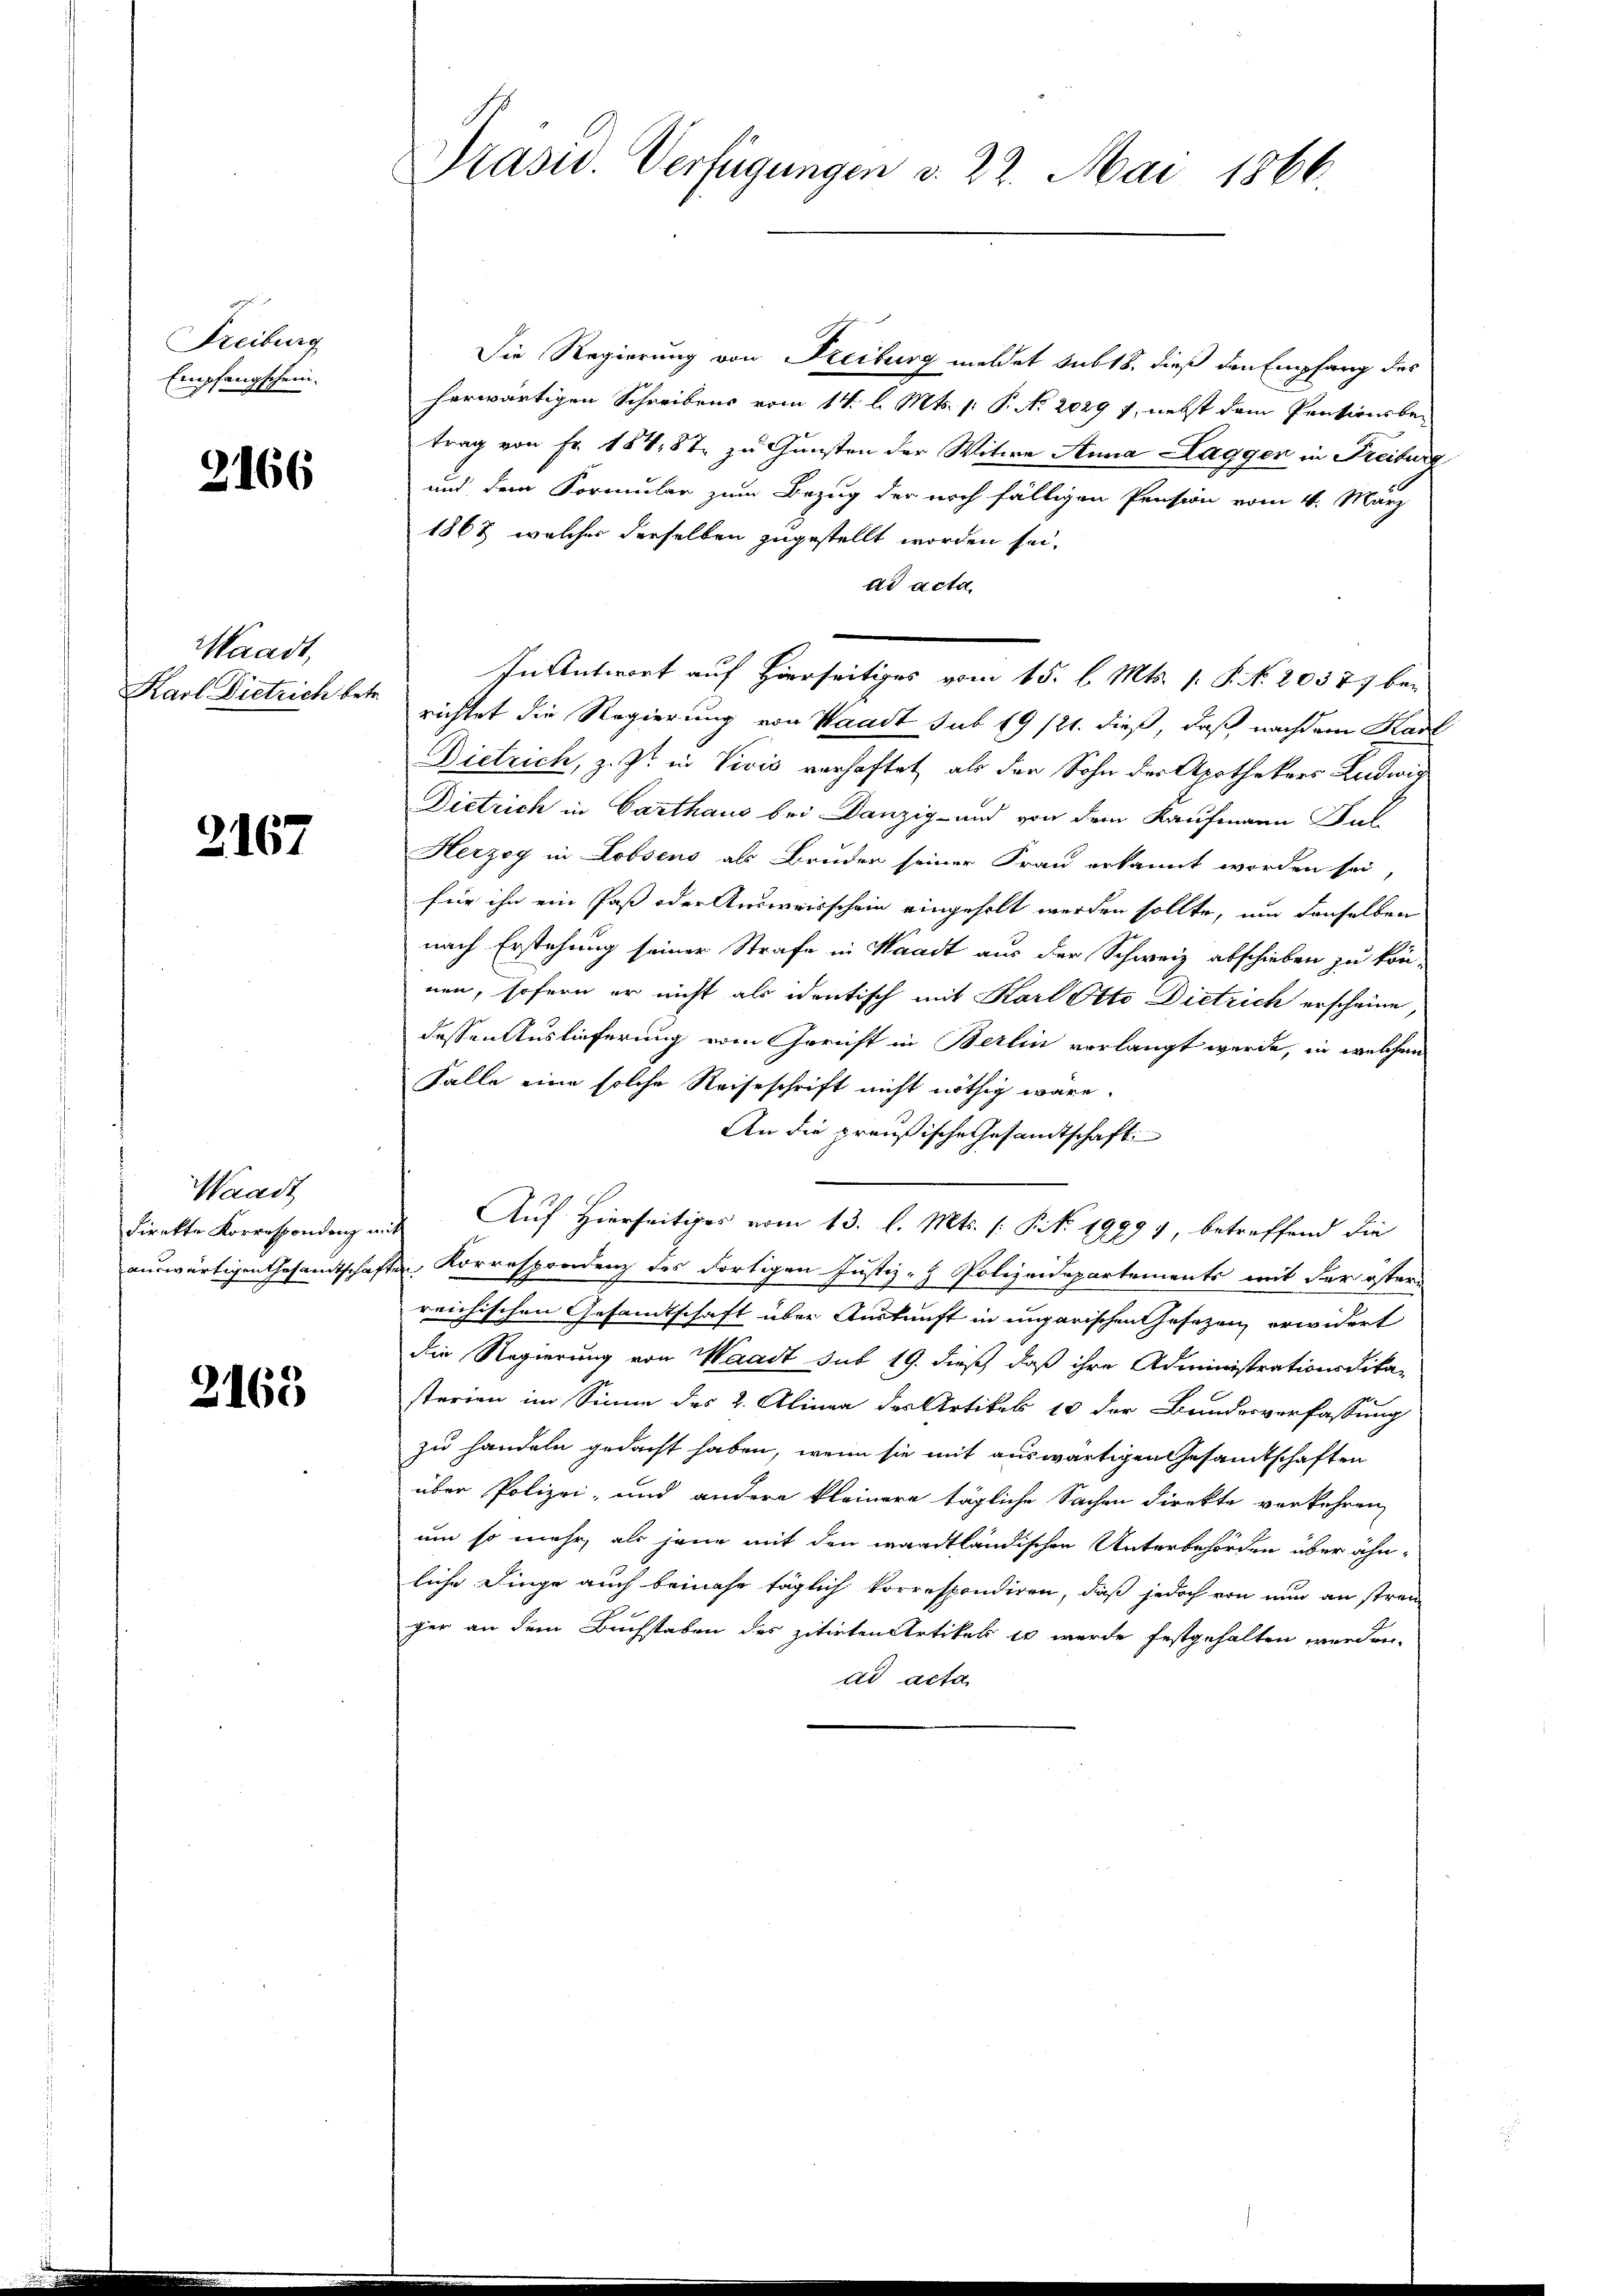
Freiburg
Empfangschein.

2166

Waadt,

2167

Waadt

2163

Präsid. Verfügungen v. 22. Mai 1866.

Die Regierung von Freiburg meldet sub 18. dieß den Empfang des
herwärtigen Schreibens vom 14. l. Mts. (: P. No. 2029 f., nebst dem Pentionsbetrag von Fr. 184, 87 zu Gunsten der Witwe Anna Lagger in Freiburg
und dem Formular zum Bezug der noch fälligen Pension vom 4. März
1867, welcher derselben zugestellt worden sei.
dd acta.
In Antwort auf Hierseitiges vom 15. l. Mts. s. S. N. 20377 be¬
Karl Dietrich betr. richtet die Regierung von Waadt sub 19/21. dieß, daß nachdem Kant
Dietrich, z. Zt. in Vivis verhaftet, als der Sohn der Apothekers Ludwig
Dietrich in Carthaus bei Danzig und von dem Kaufmann al
Herzog in Lobsens als Bruder seiner Frau erkannt worden sei,
für ihn ein Paß oder Ausweisschein eingeholt werden sollte, um denselben
nach Erstehung seiner Strafe in Waadt aus der Schweiz abschieben zu kön-
nen, sofern er nicht als identisch mit Karl Otto Dietrich erscheine,
dessen Auslieferung vom Gericht in Berlin vorlangt werde, in welchem
Falle eine solche Reiseschrift nicht nöthig wäre.
An die preußische Gesandtschaft
direkte Korrespondenz aus Auf Hierseitiger vom 13. l. Mts. s. S. 1999 1, betreffend die
auswärtigen Gesandtschaften Korrespondenz des dortigen Justiz - Polizeidepartements mit der östers
reichischen Gesandtschaft über Auskunft in ungarischen Gesezen erwidert
die Regierung von Waadt sub 19. dieß, daß ihre Administrationsdika-
sterien im Sinne des 2. Alinea des Artikel 10 der Bundesverfassung
zu handeln gedacht haben, wenn sie mit auswärtigen Gesamtschaften
über Polizei- und andere kleinere tägliche Sachen direkte verkehren,
um so mehr, als jene mit den waadtländischen Unterbehörden über ähnliche Dinge auch beinahe täglich korrespondiren, daß jedoch von nun an strei
ger an dem Buchstaben des zitirten Artikels 10 werde festgehalten werden.
ad acta